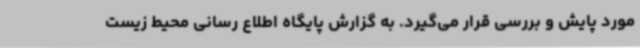
مورد پایش و بررسی قرار می‌گیرد. به گزارش پایگاه اطلاع رسانی محیط زیست